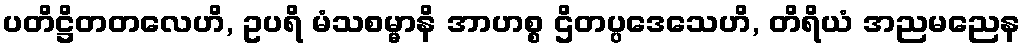
ပတိဋ္ဌိတတလေဟိ, ဥပရိ မံသစမ္မာနိ အာဟစ္စ ဌိတပ္ပဒေသေဟိ, တိရိယံ အညမညေန